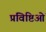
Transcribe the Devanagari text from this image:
प्रविष्टिओं